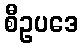
စီဥပဒေ